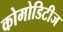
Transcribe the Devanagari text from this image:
कोमोडिटीज